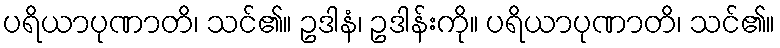
ပရိယာပုဏာတိ၊ သင်၏။ ဥဒါနံ၊ ဥဒါန်းကို။ ပရိယာပုဏာတိ၊ သင်၏။